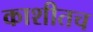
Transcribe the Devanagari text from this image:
काशीतच